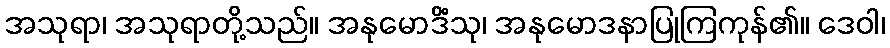
အသုရာ၊ အသုရာတို့သည်။ အနုမောဒိံသု၊ အနုမောဒနာပြုကြကုန်၏။ ဒေဝါ၊